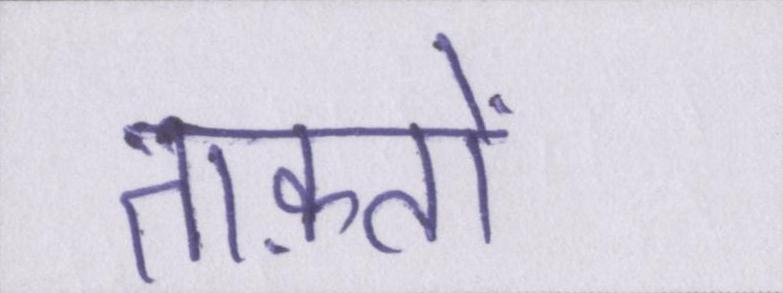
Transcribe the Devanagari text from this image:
ताक़तों